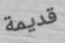
قديمة